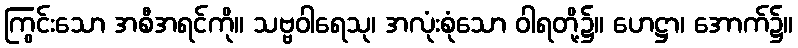
ကြွင်းသော အစီအရင်ကို။ သဗ္ဗဝါရေသု၊ အလုံးစုံသော ဝါရတို့၌။ ဟေဋ္ဌာ၊ အောက်၌။